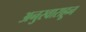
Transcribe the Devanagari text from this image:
अनुस्वाराहून